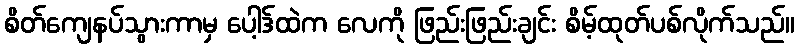
စိတ်ကျေနပ်သွားကာမှ ပေါ့ဒ်ထဲက လေကို ဖြည်းဖြည်းချင်း စိမ့်ထုတ်ပစ်လိုက်သည်။